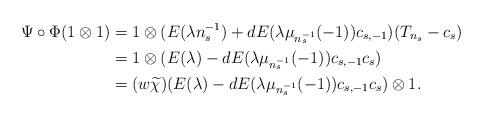
LaTeX: \begin{align*}\Psi\circ\Phi(1\otimes 1) & = 1\otimes(E(\lambda n_s^{-1}) + dE(\lambda \mu_{n_s^{-1}}(-1))c_{s,-1})(T_{n_s} - c_s)\\& = 1\otimes(E(\lambda) - dE(\lambda \mu_{n_s^{-1}}(-1))c_{s,-1}c_s)\\& = (w\widetilde{\chi})(E(\lambda) - dE(\lambda \mu_{n_s^{-1}}(-1))c_{s,-1}c_s)\otimes 1.\end{align*}